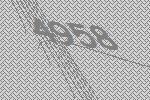
4958